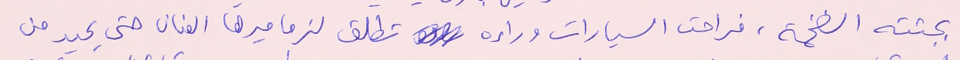
بجثته الضخمة، فراحت السيارات وراءه تطلق لزماميرها العنان حتى يحيد من